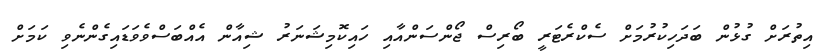
އިތުރަށް ގުޅުން ބަދަހިކުރުމަށް ސެކްރެޓަރީ ބޯރިސް ޖޯންސަންއާއި ހައިކޮމިޝަނަރު ޝިއާން އެއްބަސްވެވަޑައިގެންނެވި ކަމަށް